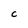
Character: C